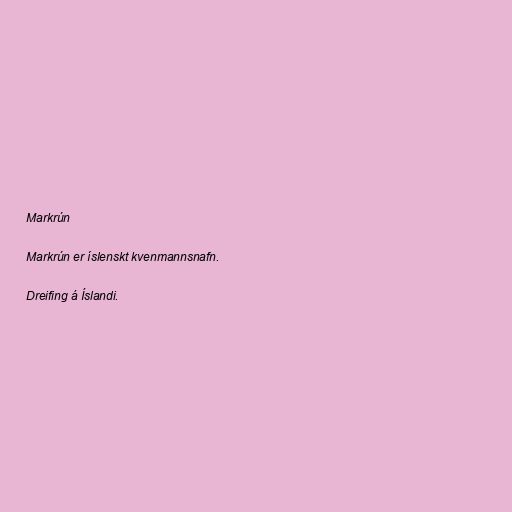
Markrún

Markrún er íslenskt kvenmannsnafn.

Dreifing á Íslandi.